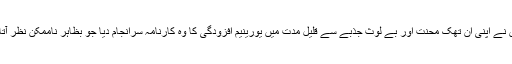
انہوں نے اپنی ان تھک محنت اور بے لوث جذبے سے قلیل مدت میں یورینیم افزودگی کا وہ کارنامہ سرانجام دیا جو بظاہر ناممکن نظر آتا تھا۔